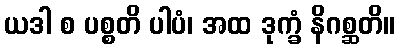
ယဒါ စ ပစ္စတိ ပါပံ၊ အထ ဒုက္ခံ နိဂစ္ဆတိ။